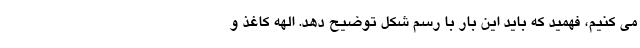
می کنیم، فهمید که باید این بار با رسم شکل توضیح دهد. الهه کاغذ و